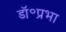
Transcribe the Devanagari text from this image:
डॉ॰प्रभा